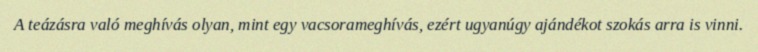
A teázásra való meghívás olyan, mint egy vacsorameghívás, ezért ugyanúgy ajándékot szokás arra is vinni.